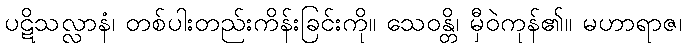
ပဋိသလ္လာနံ၊ တစ်ပါးတည်းကိန်းခြင်းကို။ သေဝန္တိ၊ မှီဝဲကုန်၏။ မဟာရာဇ၊